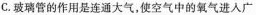
C.玻璃管的作用是连通大气,使空气中的氧气进人广